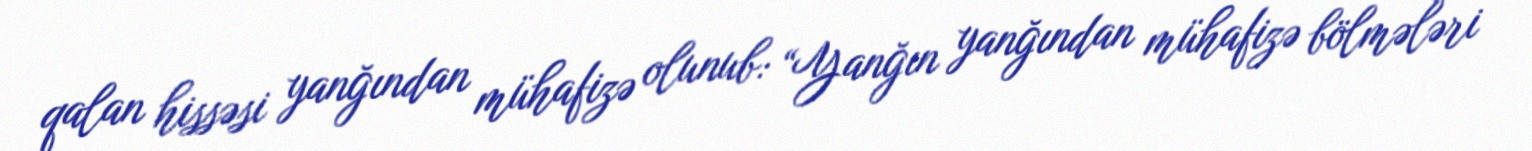
qalan hissəsi yanğından mühafizə olunub: “Yanğın yanğından mühafizə bölmələri